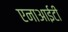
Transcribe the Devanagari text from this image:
एनाआईटी